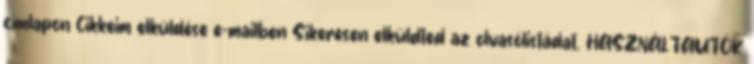
címlapon Cikkeim elküldése e-mailben Sikeresen elküldted az olvasólistádat. HASZNÁLTAUTÓK